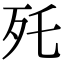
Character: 𣧃